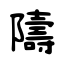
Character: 隯